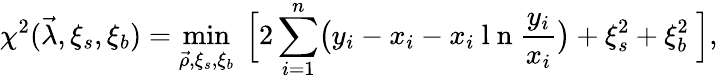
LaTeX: \chi^{2}(\vec{\lambda},\xi_{s},\xi_{b})=\operatorname*{min}_{\vec{\rho},\xi_{s},\xi_{b}}~\Big[{{2\sum_{i=1}^{n}}\big(y_{i}-x_{i}-x_{i}\mathrm{~l~n~}\frac{y_{i}}{x_{i}}\big)+\xi_{s}^{2}+\xi_{b}^{2}}~\Big],